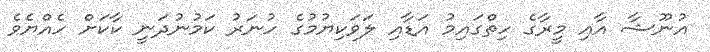
އުނޫޝާ އާއި މީރާގެ ހިތްގައިމު އަޑާއި ލަވަކިޔުމުގެ ހުނަރު ކަމުނުދަނީ ކާކަށް ހެއްޔެވެ